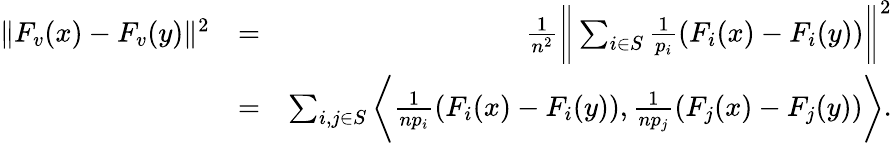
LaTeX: \begin{array}{rlr}{\| F_{v}(x)-F_{v}(y)\| ^{2}}&{=}&{\frac{1}{n^{2}}\bigg\| \sum_{i\in S}\frac{1}{p_{i}}(F_{i}(x)-F_{i}(y))\bigg\| ^{2}}\\ &{=}&{\sum_{i,j\in S}\bigg\langle\frac{1}{np_{i}}(F_{i}(x)-F_{i}(y)),\frac{1}{np_{j}}(F_{j}(x)-F_{j}(y))\bigg\rangle.}\end{array}